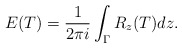
\begin{align*}E(T)= \frac{1}{2\pi i} \int_\Gamma R_z(T) dz.\end{align*}